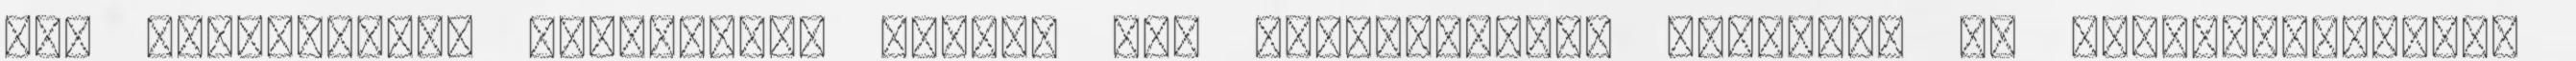
már Szomotor-rá változott. Őseink itt Zomoru-toron temették el pap-királyukat,